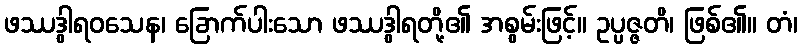
ဖဿဒွါရဝသေန၊ ခြောက်ပါးသော ဖဿဒွါရတို့၏ အစွမ်းဖြင့်။ ဥပ္ပဇ္ဇတိ၊ ဖြစ်၏။ တံ၊